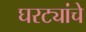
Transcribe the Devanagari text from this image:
घरट्यांचे